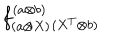
LaTeX: f _ { ( a \otimes X ) } ^ { ( a \otimes b ) } { } _ { ( X ^ { T } \otimes b ) }